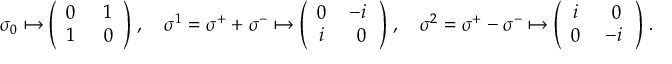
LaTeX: \sigma _ { 0 } \mapsto \Bigg ( \begin{array} { c c } { { 0 \, } } & { { \; 1 } } \\ { { 1 \, } } & { { \; 0 } } \end{array} \Bigg ) \; , \quad \sigma ^ { 1 } = \sigma ^ { + } + \sigma ^ { - } \mapsto \Bigg ( \begin{array} { c c } { { 0 \, } } & { { - i \, } } \\ { { i \, } } & { { \; 0 } } \end{array} \Bigg ) \; , \quad \sigma ^ { 2 } = \sigma ^ { + } - \sigma ^ { - } \mapsto \Bigg ( \begin{array} { c c } { { i \; } } & { { \, 0 } } \\ { { 0 \; } } & { { - i \, } } \end{array} \Bigg ) \; .